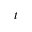
t